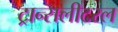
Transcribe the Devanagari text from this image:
ट्रान्सलीटरल